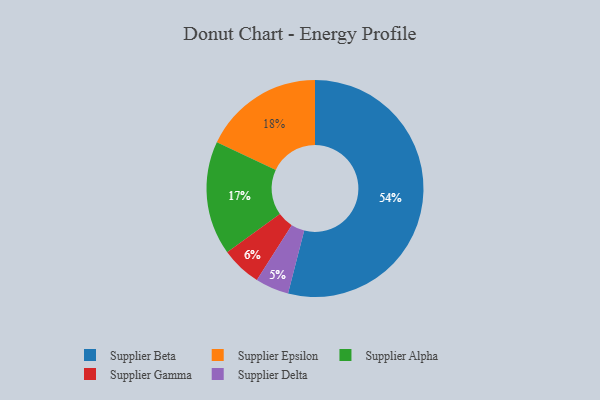
{"axis": {"x": "Category", "y": "Percentage"}, "legend": ["Supplier Alpha", "Supplier Beta", "Supplier Delta", "Supplier Epsilon", "Supplier Gamma"], "data": [{"x": "Supplier Beta", "y": 54, "type": "Supplier Beta"}, {"x": "Supplier Alpha", "y": 17, "type": "Supplier Alpha"}, {"x": "Supplier Epsilon", "y": 18, "type": "Supplier Epsilon"}, {"x": "Supplier Delta", "y": 5, "type": "Supplier Delta"}, {"x": "Supplier Gamma", "y": 6, "type": "Supplier Gamma"}]}